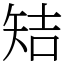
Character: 䂒